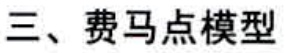
三、费马点模型